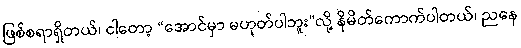
ဖြစ်စရာရှိတယ်၊ ငါတော့ “အောင်မှာ မဟုတ်ပါဘူး”လို့ နိမိတ်ကောက်ပါတယ်၊ ညနေ